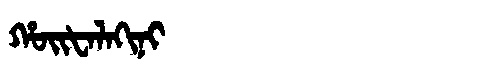
Manchu: ᡥᠣᡳᡶᠠᠯᠠᡴᡳᠨᡳ
Romanization: HOIFALAKINI